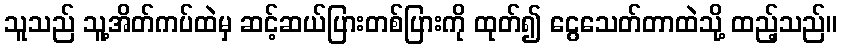
သူသည် သူ့အိတ်ကပ်ထဲမှ ဆင့်ဆယ်ပြားတစ်ပြားကို ထုတ်၍ ငွေသေတ်တာထဲသို့ ထည့်သည်။